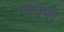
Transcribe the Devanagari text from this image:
एपेरी